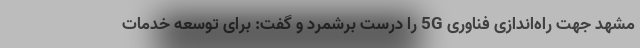
مشهد جهت راه‌اندازی فناوری 5G را درست برشمرد و گفت: برای توسعه خدمات